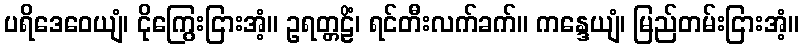
ပရိဒေဝေယျံ၊ ငိုကြွေးငြားအံ့။ ဥရတ္တဠိံ၊ ရင်တီးလက်ခက်။ ကန္ဒေယျံ၊ မြည်တမ်းငြားအံ့။